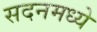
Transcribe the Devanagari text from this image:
सदनमध्ये